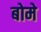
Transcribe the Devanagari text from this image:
बोमे